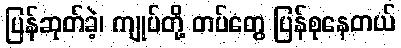
ပြန်ဆုတ်ခဲ့၊ ကျုပ်တို့ တပ်တွေ ပြန်စုနေတယ်